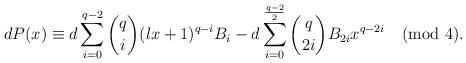
LaTeX: \begin{align*}dP(x)&\equiv d\sum\limits_{i=0}^{q-2}\binom {q} {i}(lx+1)^{q-i}B_{i}-d \sum\limits_{i=0}^{\frac{q-2}{2}}\binom {q} {2i}B_{2i}x^{q-2i}\pmod{4}.\end{align*}